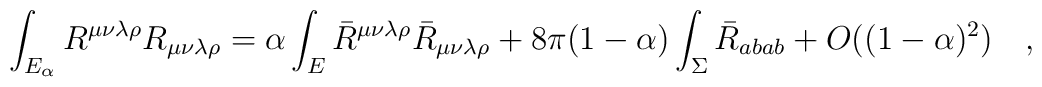
\int_{E_{\alpha}}R^{\mu\nu\lambda\rho}R_{\mu\nu\lambda\rho}=\alpha\int_{E}\bar{R}^{\mu\nu\lambda\rho}\bar{R}_{\mu\nu\lambda\rho}+8\pi(1-\alpha)\int_{\Sigma} \bar{R}_{abab}+O((1-\alpha)^2)~~~,